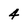
Character: 4